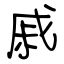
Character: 戚